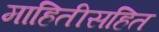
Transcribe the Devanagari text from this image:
माहितीसहित